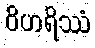
ဝိဟရိဿံ